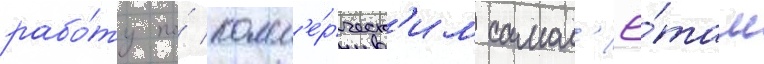
рабо́ту по́ комм'е́рческ'им самол'ё́там